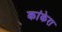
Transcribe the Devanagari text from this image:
कांकेरा